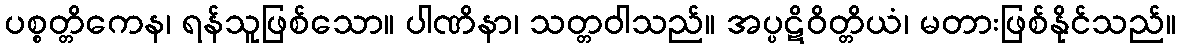
ပစ္စတ္တိကေန၊ ရန်သူဖြစ်သော။ ပါဏိနာ၊ သတ္တဝါသည်။ အပ္ပဋိဝိတ္တိယံ၊ မတားဖြစ်နိုင်သည်။